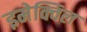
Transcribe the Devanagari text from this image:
इमेक्विल